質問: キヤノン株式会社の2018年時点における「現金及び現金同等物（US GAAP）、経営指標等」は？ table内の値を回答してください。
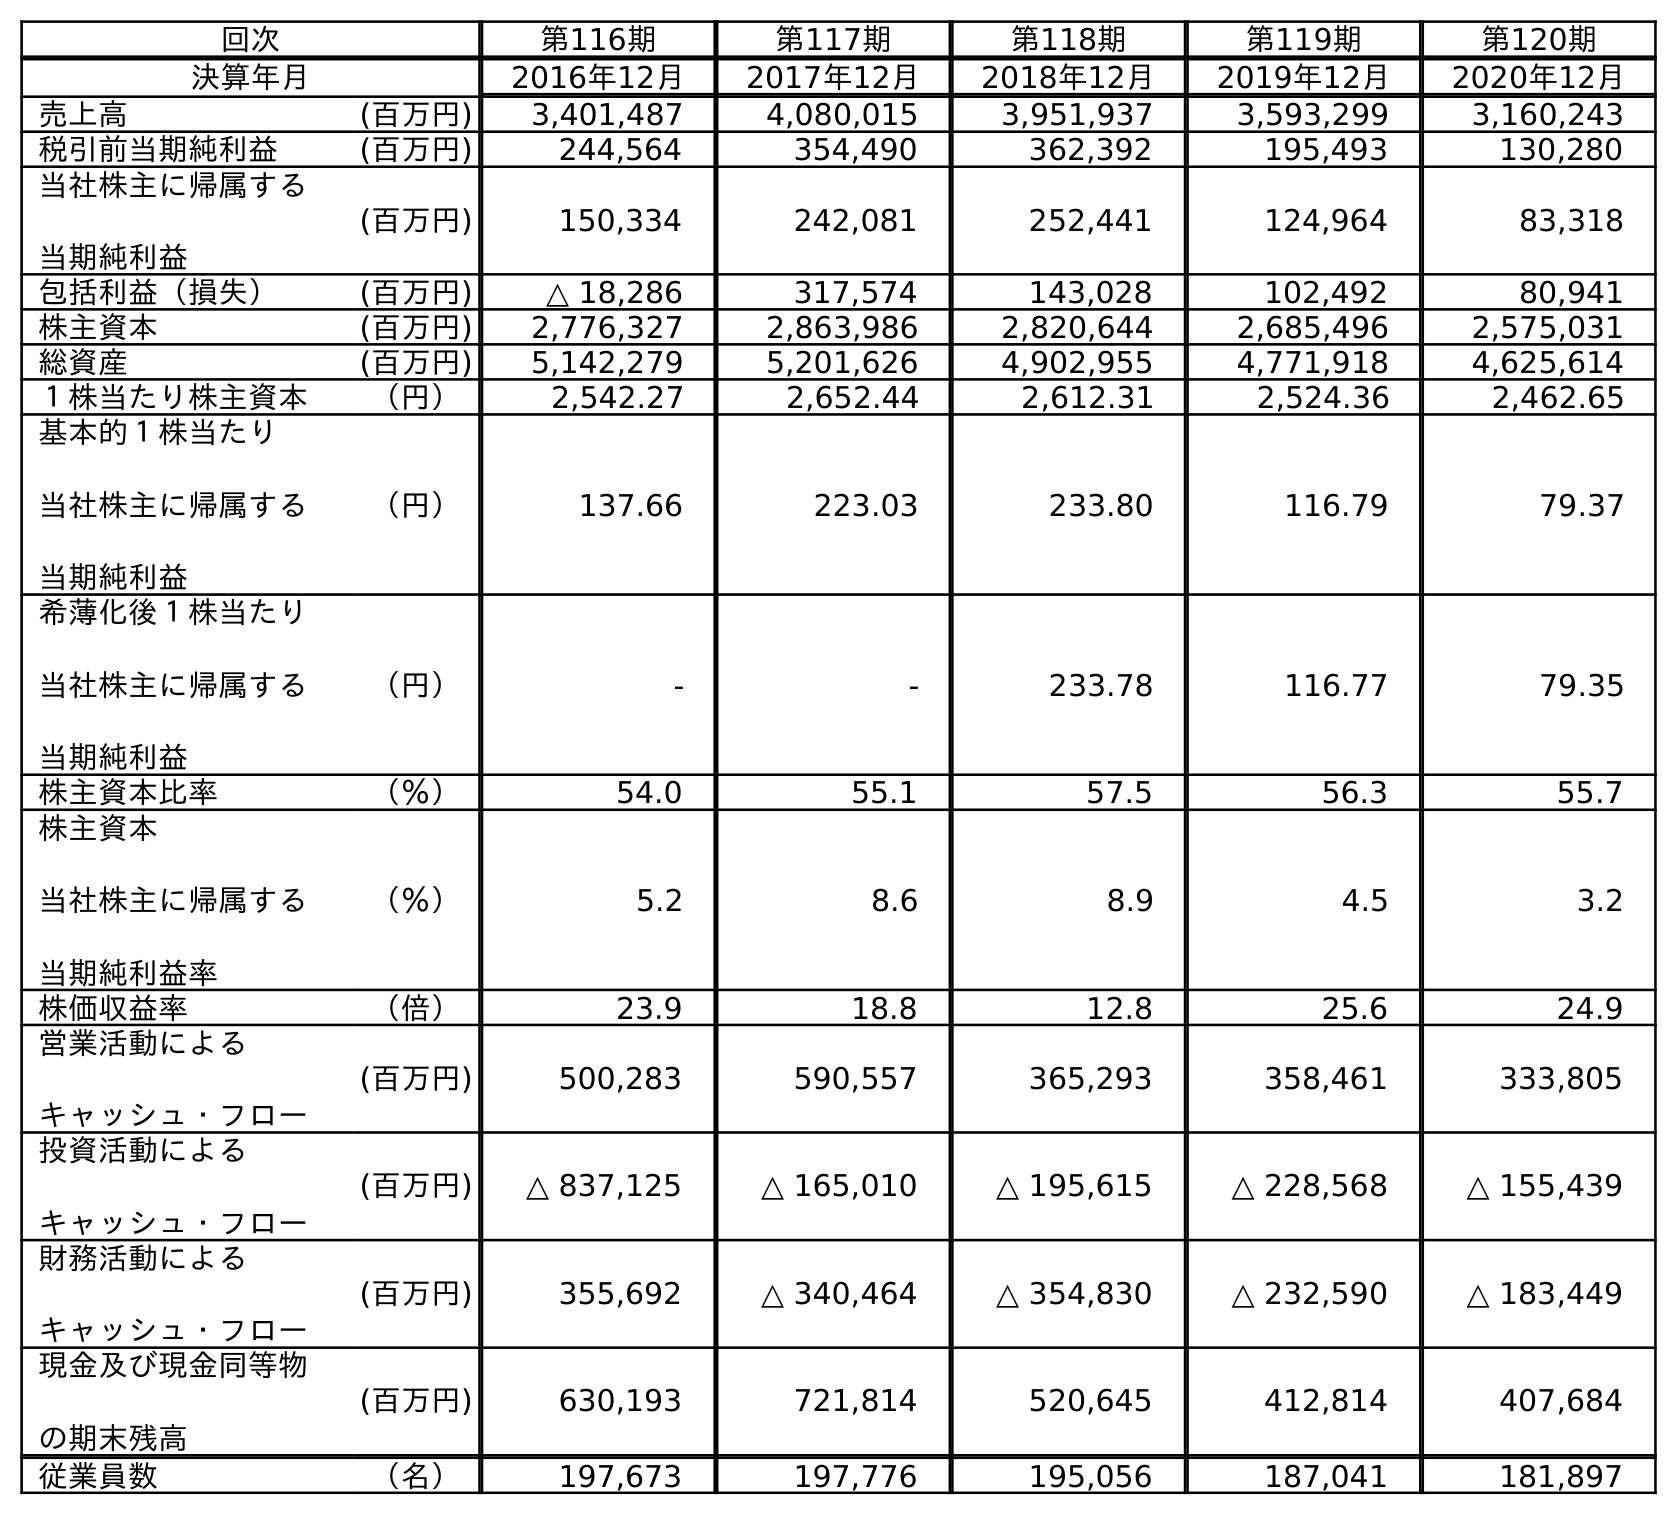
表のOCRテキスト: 回次 第116期 第117期 第118期 第119期 第120期 決算年月 2016年12月 2017年12月 2018年12月 2019年12月 2020年12月 売上高 (百万円) 3,401,487 4,080,015 3,951,937 3,593,299 3,160,243 税引前当期純利益 (百万円) 244,564 354,490 362,392 195,493 130,280 当社株主に帰属する 当期純利益 (百万円) 150,334 242,081 252,441 124,964 83,318 包括利益（損失） (百万円) △ 18,286 317,574 143,028 102,492 80,941 株主資本 (百万円) 2,776,327 2,863,986 2,820,644 2,685,496 2,575,031 総資産 (百万円) 5,142,279 5,201,626 4,902,955 4,771,918 4,625,614 １株当たり株主資本 （円） 2,542.27 2,652.44 2,612.31 2,524.36 2,462.65 基本的１株当たり 当社株主に帰属する 当期純利益 （円） 137.66 223.03 233.80 116.79 79.37 希薄化後１株当たり 当社株主に帰属する 当期純利益 （円） - - 233.78 116.77 79.35 株主資本比率 （％） 54.0 55.1 57.5 56.3 55.7 株主資本 当社株主に帰属する 当期純利益率 （％） 5.2 8.6 8.9 4.5 3.2 株価収益率 （倍） 23.9 18.8 12.8 25.6 24.9 営業活動による キャッシュ・フロー (百万円) 500,283 590,557 365,293 358,461 333,805 投資活動による キャッシュ・フロー (百万円) △ 837,125 △ 165,010 △ 195,615 △ 228,568 △ 155,439 財務活動による キャッシュ・フロー (百万円) 355,692 △ 340,464 △ 354,830 △ 232,590 △ 183,449 現金及び現金同等物 の期末残高 (百万円) 630,193 721,814 520,645 412,814 407,684 従業員数 （名） 197,673 197,776 195,056 187,041 181,897
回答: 520,645